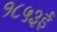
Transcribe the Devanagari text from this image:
१८५३ई